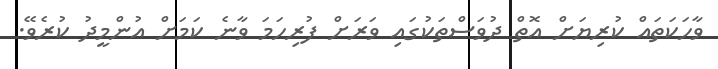
ވާހަކަތައް ކުރިޔަށް އޮތް ދުވަސްތަކުގައި ވަރަށް ފުރިހަމަ ވާނެ ކަމަށް އުންމީދު ކުރެވޭ.